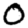
Digit: 0